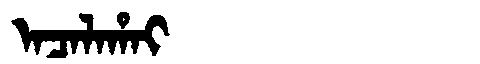
Manchu: ᠠᠴᠠᠯᠠᡥᠠᡳ
Romanization: ACALAHAI